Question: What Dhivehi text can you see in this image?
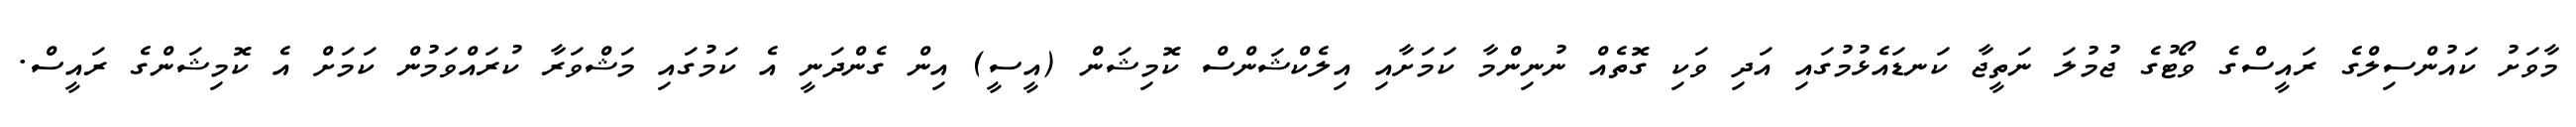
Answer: މާވަށު ކައުންސިލްގެ ރައީސްގެ ވޯޓުގެ ޖުމުލަ ނަތީޖާ ކަނޑައެޅުމުގައި އަދި ވަކި ގޮތެއް ނުނިންމާ ކަމަށާއި އިލެކްޝަންސް ކޮމިޝަން (އީސީ) އިން ގެންދަނީ އެ ކަމުގައި މަޝްވަރާ ކުރައްވަމުން ކަމަށް އެ ކޮމިޝަންގެ ރައީސް.